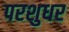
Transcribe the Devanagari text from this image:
परशुधर